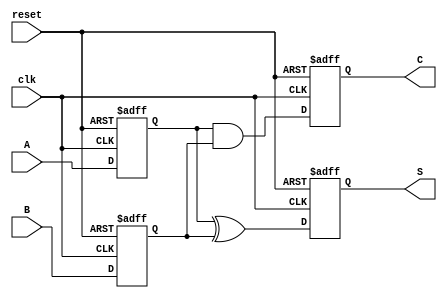
module sequential_half_adder (
    input wire clk,     // Clock input
    input wire reset,   // Reset input
    input wire A,       // Input A
    input wire B,       // Input B
    output reg S,       // Sum output
    output reg C        // Carry output
);

    reg A_reg;          // Register to hold input A
    reg B_reg;          // Register to hold input B

    // Sequential logic to store inputs on the rising edge of the clock
    always @(posedge clk or posedge reset) begin
        if (reset) begin
            A_reg <= 1'b0; // Reset A_reg to 0
            B_reg <= 1'b0; // Reset B_reg to 0
            S <= 1'b0;     // Reset Sum to 0
            C <= 1'b0;     // Reset Carry to 0
        end else begin
            A_reg <= A;    // Capture input A
            B_reg <= B;    // Capture input B

            // Compute Sum and Carry based on stored values
            S <= A_reg ^ B_reg; // Sum is A XOR B
            C <= A_reg & B_reg; // Carry is A AND B
        end
    end

endmodule